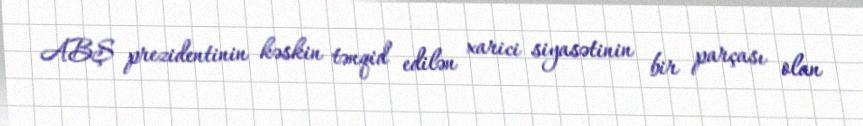
ABŞ prezidentinin kəskin tənqid edilən xarici siyasətinin bir parçası olan